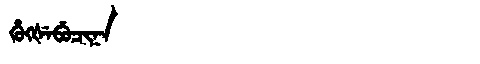
Manchu: ᡥᡠᡴᡧᡝᠪᡠᠴᡳᠨᠠ
Romanization: HUKŠEBUCINA